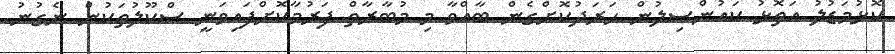
ކޮޅުމަޑުލު އަތޮޅު ކައުންސިލުން ހަރަދުކޮށްގެން ބާއްވާ މި މުބާރާތް ފަރުމާކޮށްފައިވަނީ ސްކޫލުތަކުން ނެގުނު